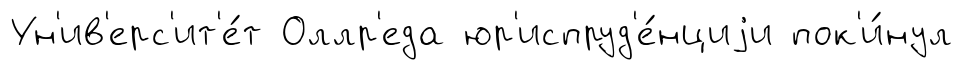
Ун'ив'ерс'ит'е́т Оллр'еда юр'испруд'е́нциjи пок'и́нул